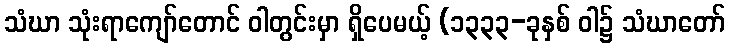
သံဃာ သုံးရာကျော်တောင် ဝါတွင်းမှာ ရှိပေမယ့် (၁၃၃၃-ခုနှစ် ဝါ၌ သံဃာတော်